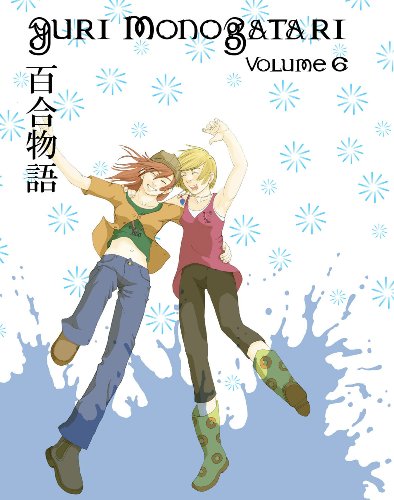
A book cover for Yuri Monogatari 6 (v. 6); Various; Comics & Graphic Novels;